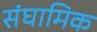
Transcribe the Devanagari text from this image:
संघामिक